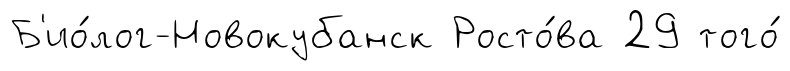
Б'ио́лог-Новокубанск Росто́ва 29 того́